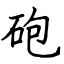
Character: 砲